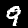
Label: 9